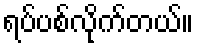
ရပ်ပစ်လိုက်တယ်။